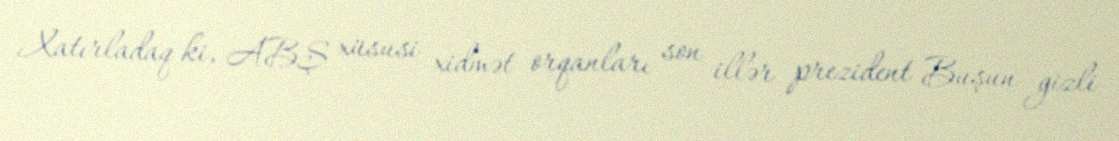
Xatırladaq ki, ABŞ xüsusi xidmət orqanları son illər prezident Buşun gizli